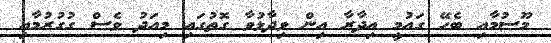
މޫސުމާއި ބެހޭ ގައުމީ އިދާރާ އިން ވިދާޅުވާ ގޮތުގައި މިއަދު ވެސް ގުގުރުމާއި